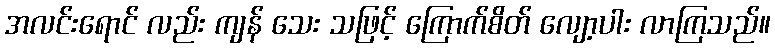
အလင်းရောင် လည်း ကျန် သေး သဖြင့် ကြောက်စိတ် လျော့ပါး လာကြသည်။